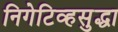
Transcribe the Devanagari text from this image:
निगेटिव्हसुद्धा